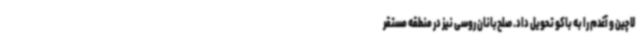
لاچین و آغدم را به باکو تحویل داد. صلح‌بانان روسی نیز در منطقه مستقر